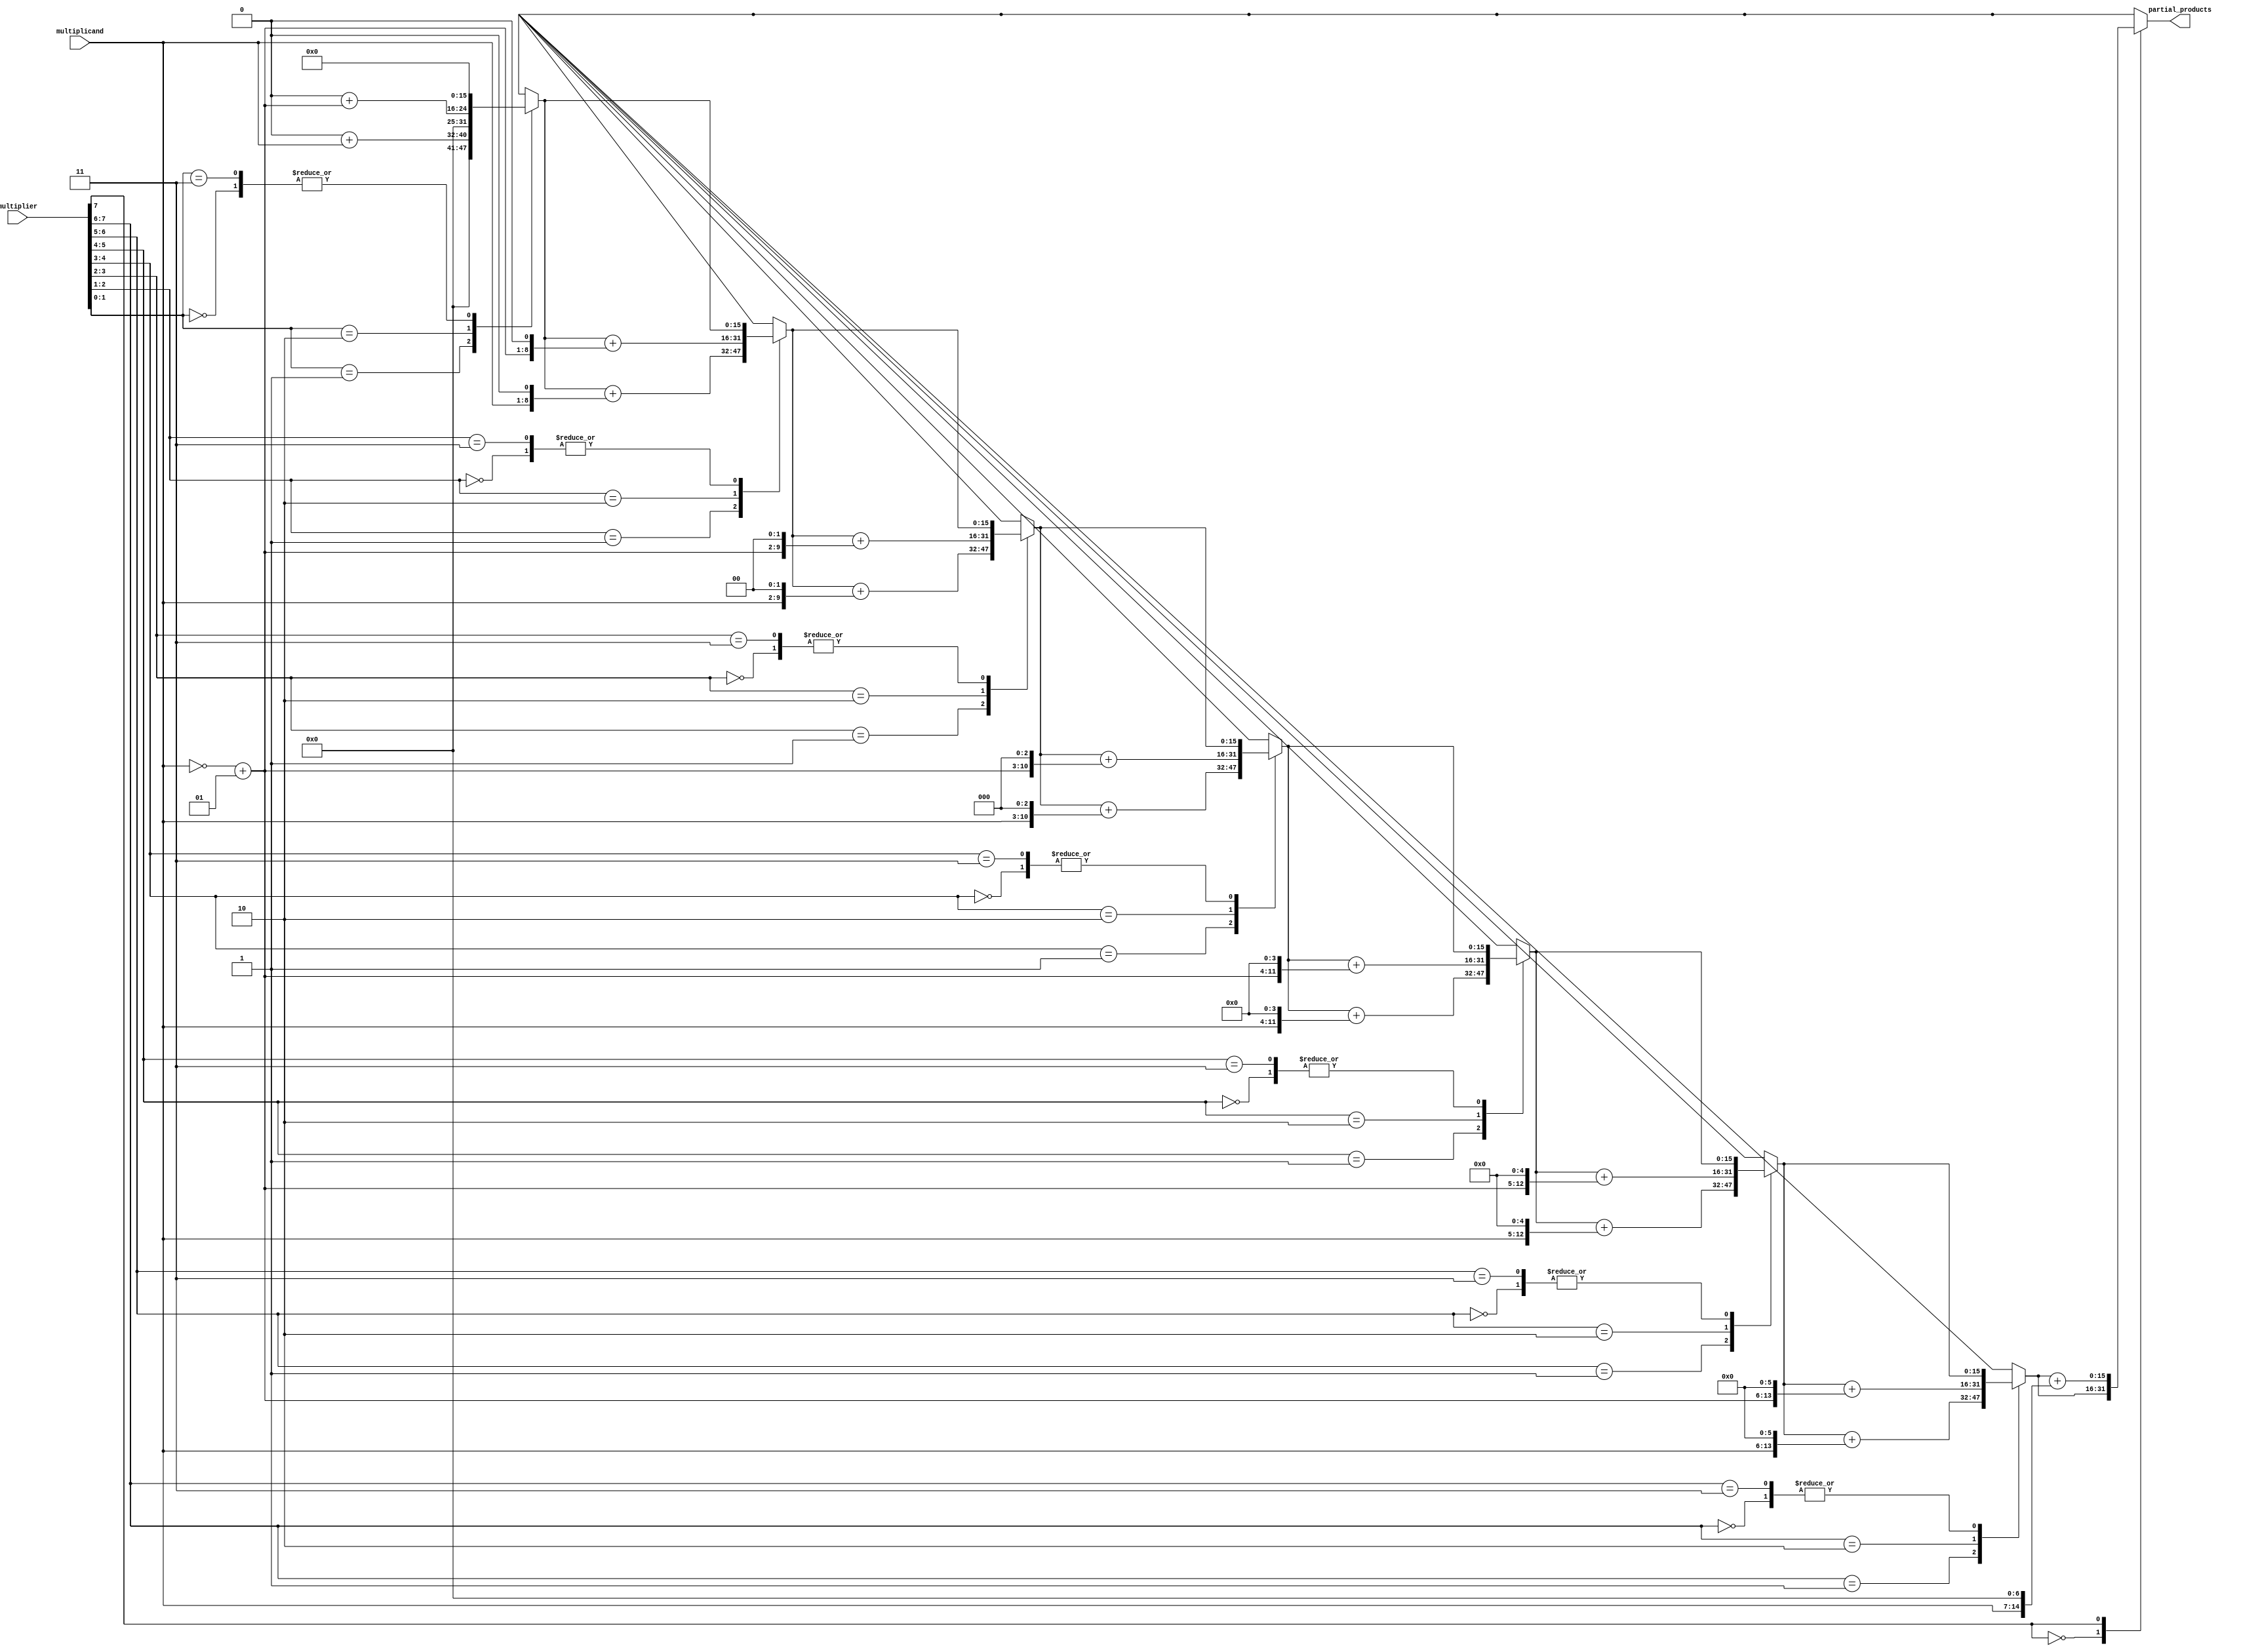
module booth_encoder(
    input signed [N-1:0] multiplicand,
    input signed [N-1:0] multiplier,
    output reg [2*N-1:0] partial_products
);
    parameter N = 8; // Bit-width of inputs
    reg [N-1:0] m, m_neg;
    reg [N:0] q;
    integer i;

    always @(*) begin
        m = multiplicand;
        m_neg = ~multiplicand + 1; // Two's complement
        q = {1'b0, multiplier}; // Extend multiplier with an extra bit
        partial_products = 0;

        for (i = 0; i < N; i = i + 1) begin
            case (q[i+1:i])
                2'b00: partial_products = partial_products; // Do nothing
                2'b01: partial_products = partial_products + (m << i); // Add multiplicand
                2'b10: partial_products = partial_products + (m_neg << i); // Subtract multiplicand
                2'b11: partial_products = partial_products; // Do nothing
            endcase
        end
    end
endmodule